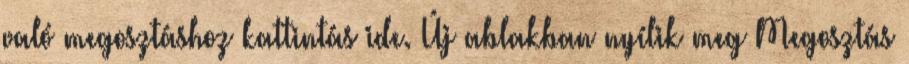
való megosztáshoz kattintás ide. Új ablakban nyílik meg Megosztás